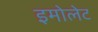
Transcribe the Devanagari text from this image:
इमोलेट